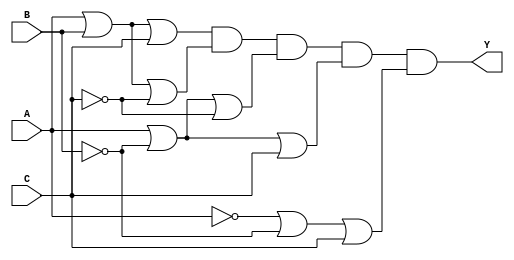
//Ejercicio 5
//Gate level Modelling (GM)
    //POS
module  POS_GM(input wire A, B, C, output wire Y);
  wire notA, notB, notC, w1, w2, w3, w4, w5;
  not (notA, A);
  not (notB, B);
  not (notC, C);
  or (w1, A, B, C);
  or (w2, A, B, notC);
  or (w3, A, notB, notC);
  or (w4, A, notB, C);
  or (w5, notA, notB, C);
  and (Y, w1, w2, w3, w4, w5);
endmodule

    //SOP
module  SOP_GM(input wire A, B, C, output wire Y);
  wire notB, notC, w1, w2, w3;
  not (notB, B);
  not (notC, C);
  and (w1, A, notB, notC);
  and (w2, A, notB, C);
  and (w3, A, B, C);
  or  (Y, w1, w2, w3);
endmodule

    //Ecuacion reducida (ER)
module  ER_GM(input wire A, B, C, output wire Y);
  wire notB, w1, w2;
  not (notB, B);
  and (w1, A, notB);
  and (w2, A, C);
  or  (Y, w1, w2);
endmodule

//Behavorial Modelling (BM)
      //POS
module  POS_BM(input wire A, B, C, output wire Y);
  assign Y = (A | B | C) & (A | B | ~C) & (A | ~B | ~C) & (A | ~B | C) & (~A | ~B | C);
endmodule

      //SOP
module  SOP_BM(input wire A, B, C, output wire Y);
  assign Y = (A & ~B & ~C) | (A & ~B & C) | (A & B & C);
endmodule

      //Ecuacion reducida (ER)
module  ER_BM(input wire A, B, C, output wire Y);
  assign Y = (A & ~B) | (A & C);
endmodule